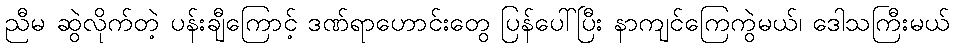
ညီမ ဆွဲလိုက်တဲ့ ပန်းချီကြောင့် ဒဏ်ရာဟောင်းတွေ ပြန်ပေါ်ပြီး နာကျင်ကြေကွဲမယ်၊ ဒေါသကြီးမယ်